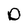
Character: o